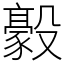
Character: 𣫛